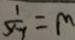
\frac { 1 } { y _ { 7 } } = m